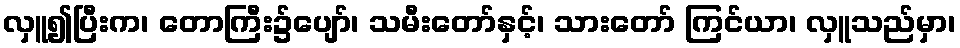
လှူ၍ပြီးက၊ တောကြီး၌ပျော်၊ သမီးတော်နှင့်၊ သားတော် ကြင်ယာ၊ လှူသည်မှာ၊